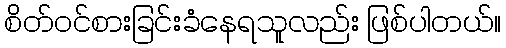
စိတ်ဝင်စားခြင်းခံနေရသူလည်း ဖြစ်ပါတယ်။